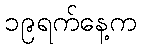
၁၉ရက်နေ့က